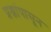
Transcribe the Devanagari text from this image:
प्रश्नांपासून